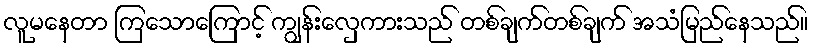
လူမနေတာ ကြသောကြောင့် ကျွန်းလှေကားသည် တစ်ချက်တစ်ချက် အသံမြည်နေသည်။